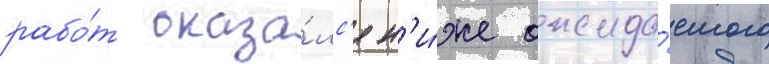
рабо́т оказа́лс'я н'и́же ожида́емого